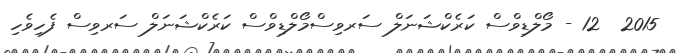
2015  12 - މޯލްޑިވްސް ކަރެކްޝަނަލް ސަރވިސްމޯލްޑިވްސް ކަރެކްޝަނަލް ސަރވިސް ފެހިވެހި